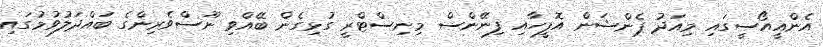
އެންއީއޯސީގައި މިއަދު ޕެންޝަން އޮފީހާއި ފިނޭންސް މިނިސްޓްރީ ގުޅިގެން ބޭއްވި ނޫސްވެރިންގެ ބައްދަލުވުމުގައި